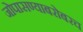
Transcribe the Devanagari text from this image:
जोपासण्याबरोबरच